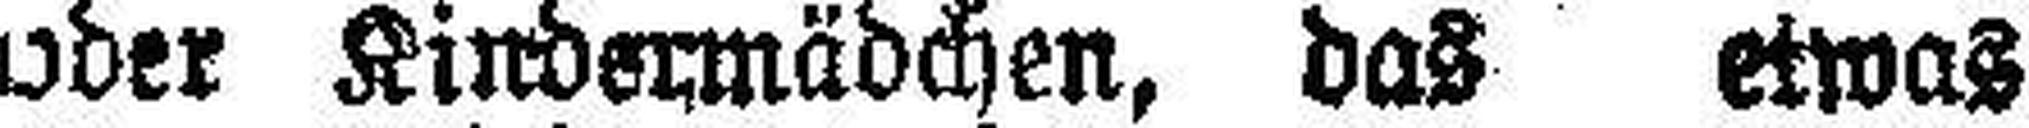
oder Kindermädchen, das etwas